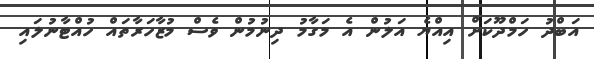
އަބްދު ހަމްދޫކަށް އިއްޔެ އަލުން އެ މަގާމު ދިނުމުން ވެސް މުޒާހަރާތައް ހުއްޓާނުލައި